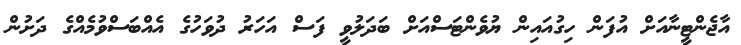
އާޖެންޓީނާއަށް އުފަން ހިގުއައިން ޔުވެންޓަސްއަށް ބަދަލުވީ ފަސް އަހަރު ދުވަހުގެ އެއްބަސްވުމެއްގެ ދަށުން